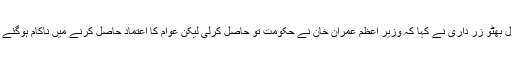
بلاول بھٹو زر داری نے کہا کہ وزیر اعظم عمران خان نے حکومت تو حاصل کرلی لیکن عوام کا اعتماد حاصل کرنے میں ناکام ہوگئے ہیں۔